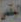
البقمي